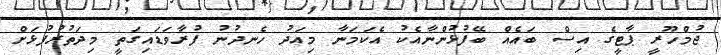
ޖުމްހޫރީ ޕާޓީގެ އިސް ބައެއް ބޭފުޅުންނާއެކު އެކަމަނާ މިއަދު ހެނދުނު ފުރާވަޑައިގަތީ މިދަތުރުފުޅަށް